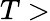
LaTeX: T>